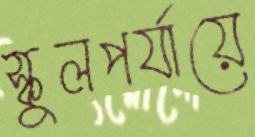
স্কুলপর্যায়ে